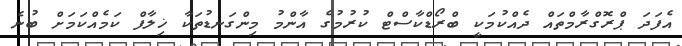
އެފަދަ ޕްރޮގްރާމްތައް ދެއްކުމަކީ ބްރޯޑްކާސްޓް ކުރުމުގެ އާންމު މިންގަނޑުތަކާ ޚިލާފް ކަމެއްކަމަށް ބުނެ